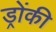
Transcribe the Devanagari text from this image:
ड्रोंकी